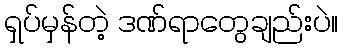
ရှပ်မှန်တဲ့ ဒဏ်ရာတွေချည်းပဲ။